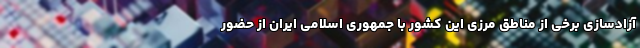
آزادسازی برخی از مناطق مرزی این کشور با جمهوری اسلامی ایران از حضور